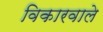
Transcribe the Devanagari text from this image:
विकारवाले